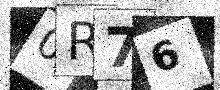
Text: 0R76